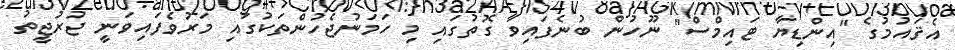
އެޤައުމުގެ "އިންޑިޔާ ޓައިމްސް" ނޫހުން ބުނެފައިވާ ގޮތުގައި މި ހަމަނުޖެހުންތަކުގައި މަރުވެފައިވަނީ ޖުރުޖީތު